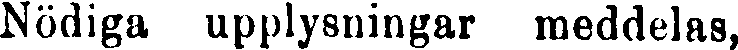
Nödiga upplysningar meddelas,